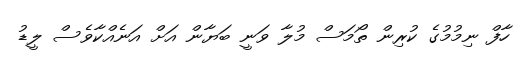
ހާފް ނިމުމުގެ ކުރިން ތޯމަސް މުލާ ވަނީ ބަޔާން އަށް އަނެއްކާވެސް ލީޑު